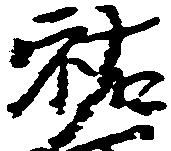
祐